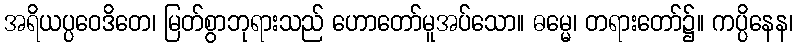
အရိယပ္ပဝေဒိတေ၊ မြတ်စွာဘုရားသည် ဟောတော်မူအပ်သော။ ဓမ္မေ၊ တရားတော်၌။ ကပ္ပိနေန၊